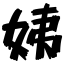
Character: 姨